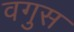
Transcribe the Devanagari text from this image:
वगुस